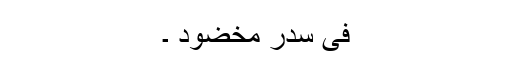
فِیْ سِدْرٍ مَّخْضُودٍ ۔